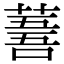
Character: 𦸭